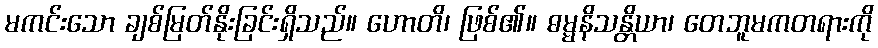
မကင်းသော ချစ်မြတ်နိုးခြင်းရှိသည်။ ဟောတိ၊ ဖြစ်၏။ ဓမ္မနိသန္တိယာ၊ တေဘူမကတရားကို